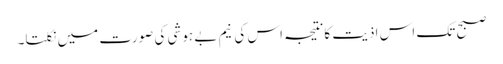
صبح تک اس اذیت کانتیجہ اس کی نیم بے ہوشی کی صورت میں نکلتا۔